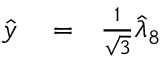
\begin{array} { r l r } { \hat { y } } & { { } = } & { \frac { 1 } { \sqrt { 3 } } \hat { \lambda } _ { 8 } } \end{array}